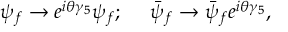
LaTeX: \psi _ { f } \rightarrow e ^ { i \theta \gamma _ { 5 } } \psi _ { f } ; \ \ \ \ \bar { \psi } _ { f } \rightarrow \bar { \psi } _ { f } e ^ { i \theta \gamma _ { 5 } } ,